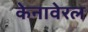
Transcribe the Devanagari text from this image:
केनावेरल